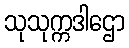
သုသုက္ကဒါဌော